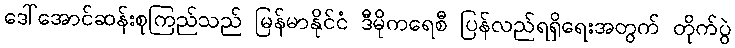
ဒေါ်အောင်ဆန်းစုကြည်သည် မြန်မာနိုင်ငံ ဒီမိုကရေစီ ပြန်လည်ရရှိရေးအတွက် တိုက်ပွဲ